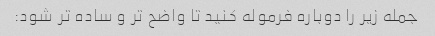
جمله زیر را دوباره فرموله کنید تا واضح تر و ساده تر شود: